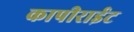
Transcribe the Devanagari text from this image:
कापीराईट